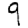
Digit: 9